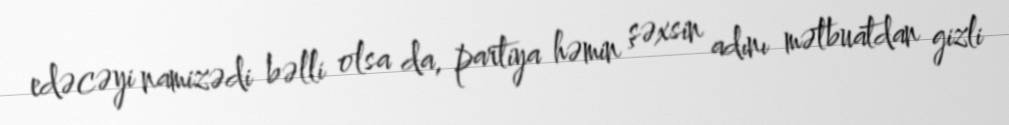
edəcəyi namizədi bəlli olsa da, partiya həmin şəxsin adını mətbuatdan gizli